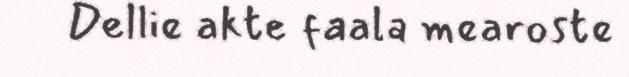
Dellie akte faala mearoste